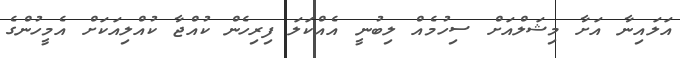
އަލައިނާ އަށާ މިޝަލްއަށް ސިހުމެއް ލިބުނީ އެއްކަލަ ފިރިހެން ކުއްޖާ ކުއްލިއަކަށް އެމީހުންގެ